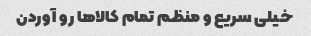
خیلی سریع و منظم تمام کالاها رو آوردن